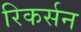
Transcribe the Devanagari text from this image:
रिकर्सन